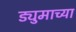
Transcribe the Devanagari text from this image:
ड्युमाच्या